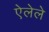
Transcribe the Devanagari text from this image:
ऐलेले